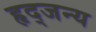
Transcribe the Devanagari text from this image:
हृद्जन्‍य